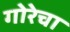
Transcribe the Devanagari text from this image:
गोरेचा